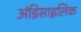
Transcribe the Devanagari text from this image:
अंडिसाइलिक